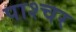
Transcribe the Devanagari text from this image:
पाश्‍चर